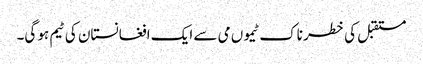
مستقبل کی خطر ناک ٹیموں می سے ایک افغانستان کی ٹیم ہو گی۔